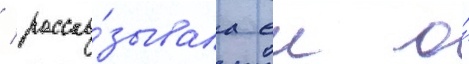
/ расска́зывала еи о́